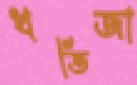
খতিজা